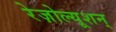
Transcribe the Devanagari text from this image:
रेज़ोल्यूशन्